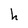
Character: h